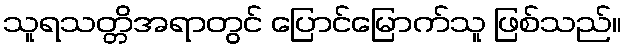
သူရသတ္တိအရာတွင် ပြောင်မြောက်သူ ဖြစ်သည်။